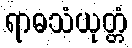
ရာဓသံယုတ္တံ